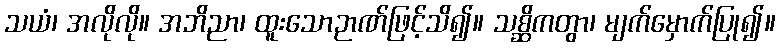
သယံ၊ အလိုလို။ အဘိညာ၊ ထူးသောဉာဏ်ဖြင့်သိ၍။ သစ္ဆိကတွာ၊ မျက်မှောက်ပြု၍။